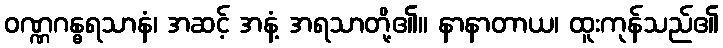
ဝဏ္ဏဂန္ဓရသာနံ၊ အဆင့် အနံ့ အရသာတို့၏။ နာနာတာယ၊ ထူးကုန်သည်၏